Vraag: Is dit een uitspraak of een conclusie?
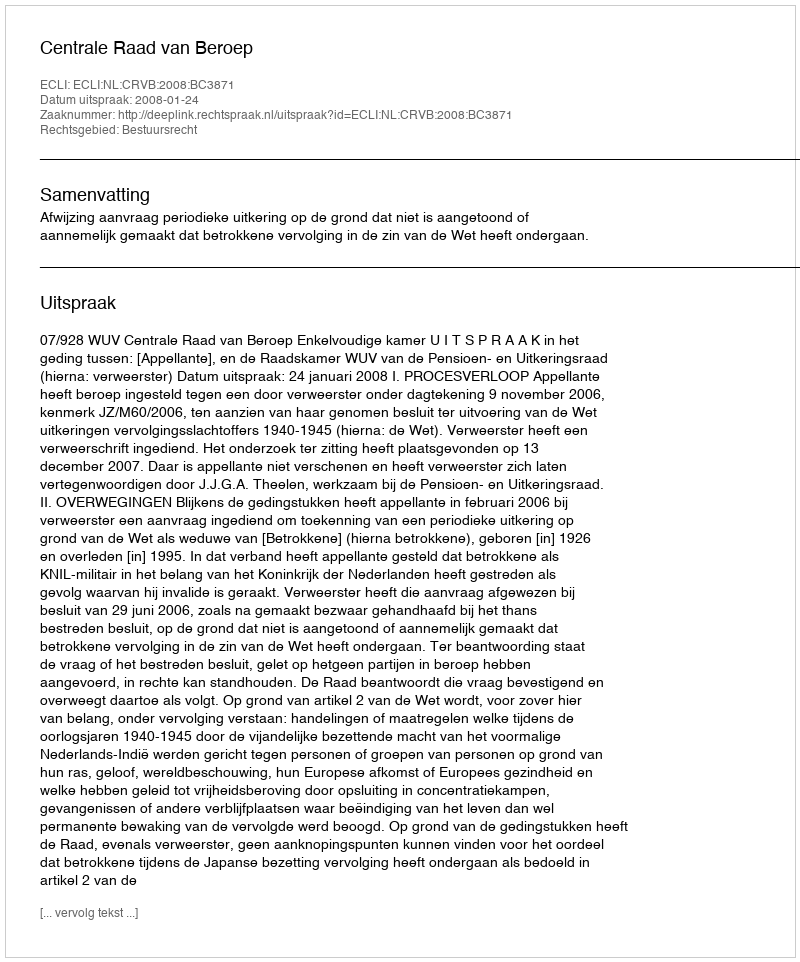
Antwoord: Uitspraak